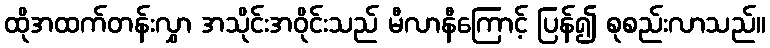
ထိုအထက်တန်းလွှာ အသိုင်းအဝိုင်းသည် မီလာနီကြောင့် ပြန်၍ စုစည်းလာသည်။